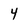
Character: 4